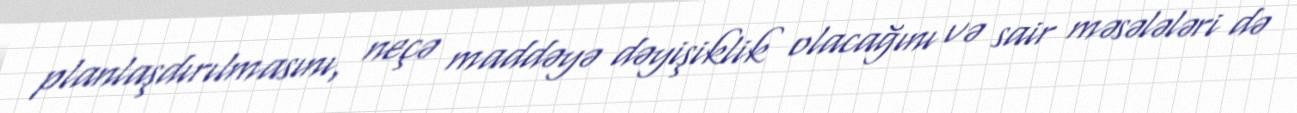
planlaşdırılmasını, neçə maddəyə dəyişiklik olacağını və sair məsələləri də